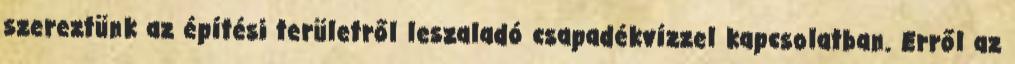
szereztünk az építési területről leszaladó csapadékvízzel kapcsolatban. Erről az